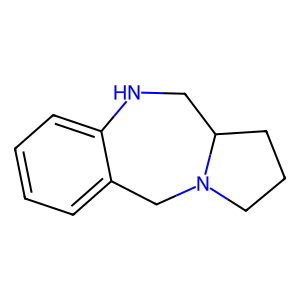
SMILES: c1ccc2c(c1)CN1CCCC1CN2
Inhibits HIV replication: No